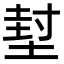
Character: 堼